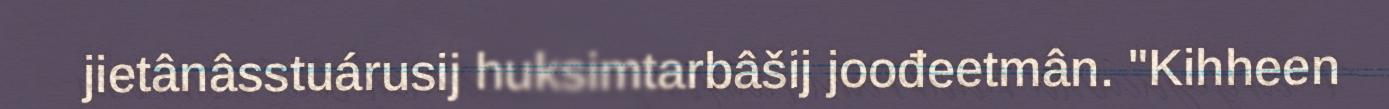
jietânâsstuárusij huksimtarbâšij joođeetmân. "Kihheen